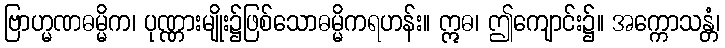
ဗြာဟ္မဏဓမ္မိက၊ ပုဏ္ဏားမျိုး၌ဖြစ်သောဓမ္မိကရဟန်း။ ဣဓ၊ ဤကျောင်း၌။ အက္ကောသန္တံ၊